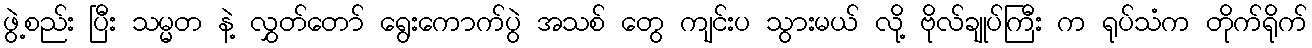
ဖွဲ့စည်း ပြီး သမ္မတ နဲ့ လွှတ်တော် ရွေးကောက်ပွဲ အသစ် တွေ ကျင်းပ သွားမယ် လို့ ဗိုလ်ချုပ်ကြီး က ရုပ်သံက တိုက်ရိုက်